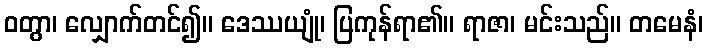
ဝတွာ၊ လျှောက်တင်၍။ ဒေဿယျုံ၊ ပြကုန်ရာ၏။ ရာဇာ၊ မင်းသည်။ တမေနံ၊